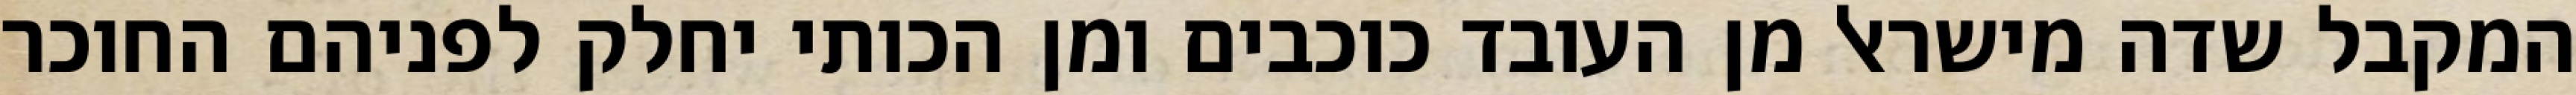
המקבל שדה מישראל מן העובד כוכבים ומן הכותי יחלק לפניהם החוכר